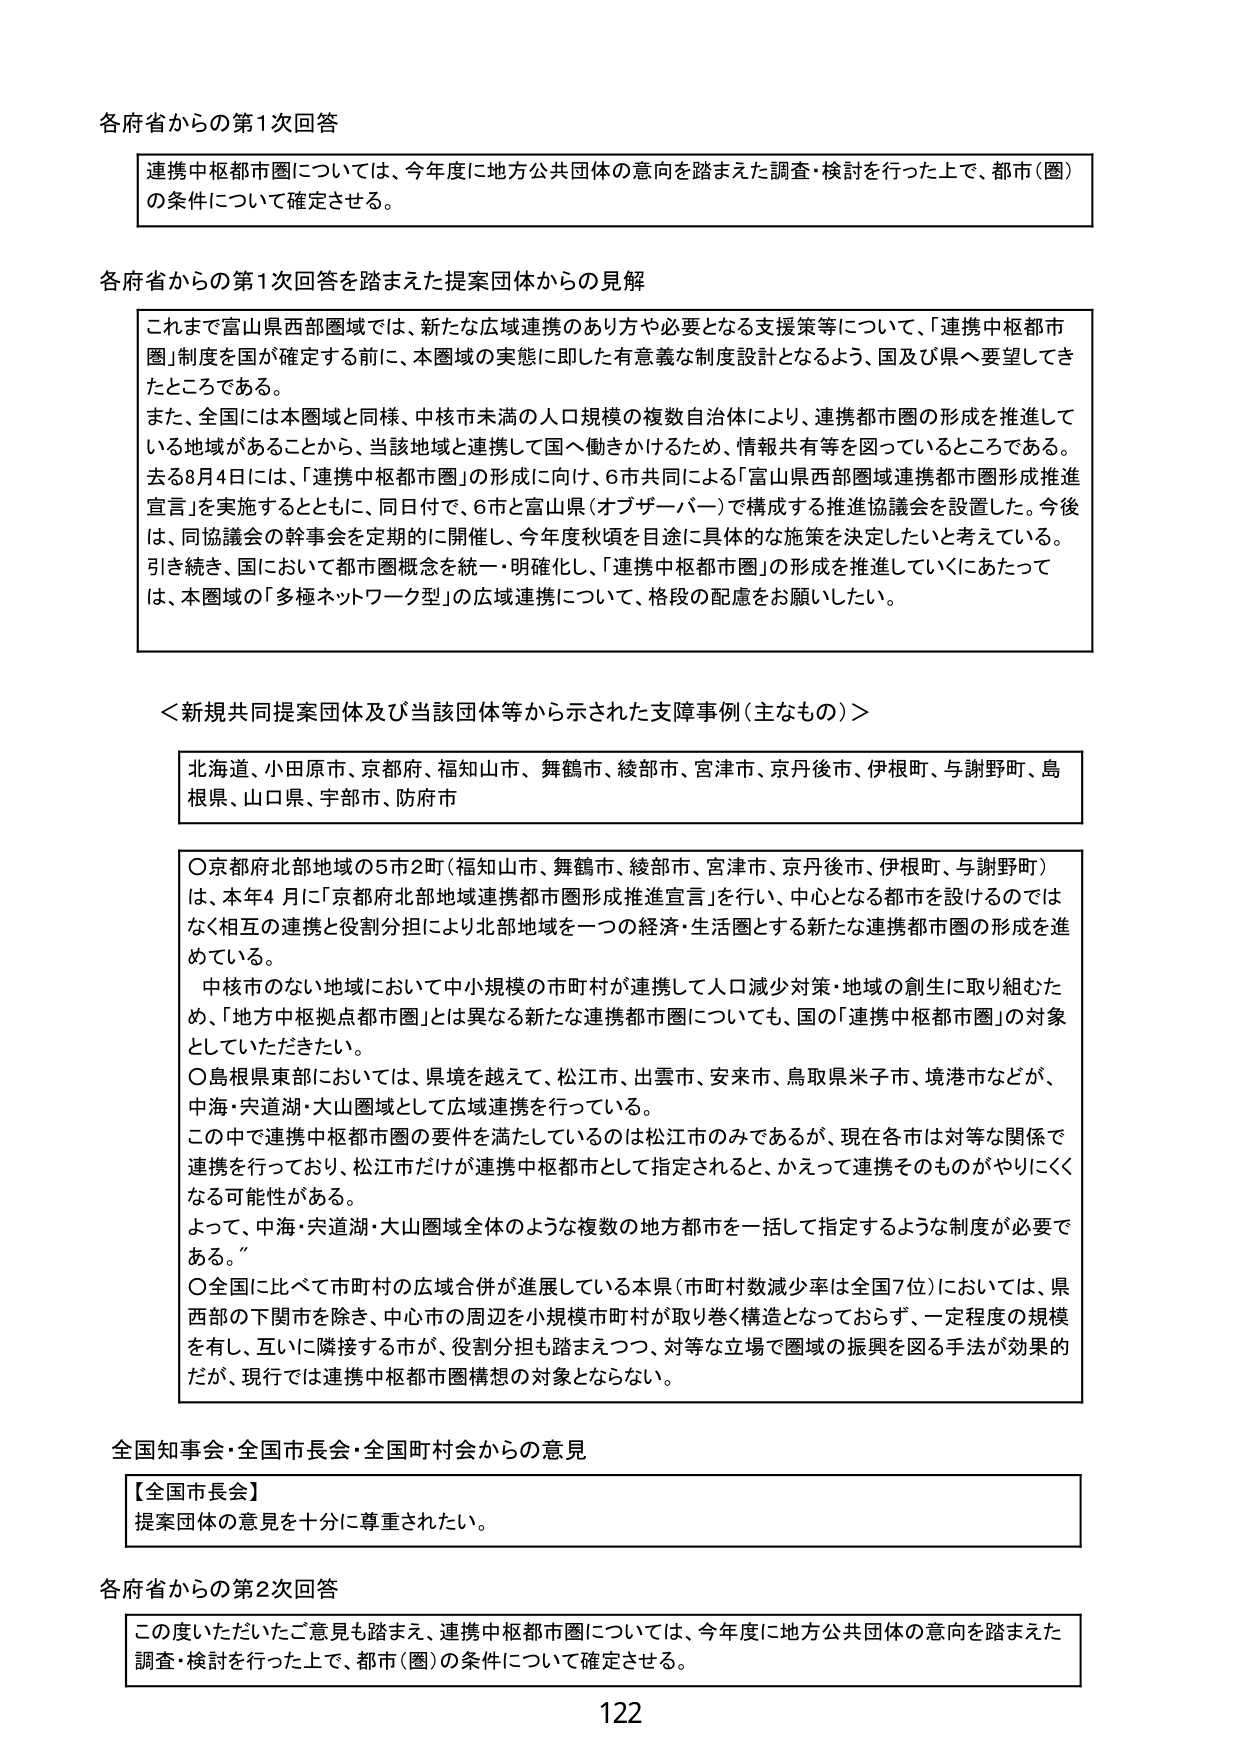
各府省からの第1次回答

連携中枢都市圏については、今年度に地方公共団体の意向を踏まえた調査・検討を行った上で、都市（圏）の条件について確定させる。

各府省からの第1次回答を踏まえた提案団体からの見解

これまで富山県西部圏域では、新たな広域連携のあり方や必要となる支援策等について、「連携中枢都市圏」制度を国が確定する前に、本圏域の実態に即した有意義な制度設計となるよう、国及び県へ要望してきたところである。
また、全国には本圏域と同様、中核市未満の人口規模の複数自治体により、連携都市圏の形成を推進している地域があることから、当該地域と連携して国へ働きかけるため、情報共有等を図っているところである。
去る8月4日には、「連携中枢都市圏」の形成に向け、6市共同による「富山県西部圏域連携都市圏形成推進宣言」を実施するとともに、同日付で、6市と富山県（オブザーバー）で構成する推進協議会を設置した。今後は、同協議会の幹事会を定期的に開催し、今年度秋頃を目途に具体的な施策を推進したいと考えている。
引き続き、国において都市圏概念を統一・明確化し、「連携中枢都市圏」の形成を推進していくにあたっては、本圏域の「多極ネットワーク型」の広域連携について、格段の配慮をお願いしたい。

＜新規共同提案団体及び当該団体等から示された支障事例（主なもの）＞

北海道、小田原市、京都府、福知山市、舞鶴市、綾部市、宮津市、京丹後市、伊根町、与謝野町、島根県、山口県、宇部市、防府市

○京都府北部地域の5市2町（福知山市、舞鶴市、綾部市、宮津市、京丹後市、伊根町、与謝野町）は、本年4月に「京都府北部地域連携都市圏形成推進宣言」を行い、中心となる都市を設けるのではなく相互の連携と役割分担により北部地域を一つの経済・生活圏とする新たな連携都市圏の形成を進めている。
中核市のない地域において中小規模の市町村が連携して人口減少対策・地域の創生に取り組むため、「地方中枢拠点都市圏」とは異なる新たな連携都市圏についても、国の「連携中枢都市圏」の対象としていただきたい。
○島根県東部においては、県境を越えて、松江市、出雲市、安来市、鳥取県米子市、境港市などが、中海・宍道湖・大山圏域として広域連携を行っている。
この中で連携中枢都市圏の要件を満たしているのは松江市のみであるが、現在各市は対等な関係で連携を行っており、松江市だけが連携中枢都市として指定されると、かえって連携そのものがやりにくくなる可能性がある。
よって、中海・宍道湖・大山圏域全体のような複数の地方都市を一括して指定するような制度が必要である。
○全国に比べて市町村の広域合併が進展している本県（市町村数減少率は全国7位）においては、県西部の下関市を除き、中心市の周辺を小規模市町村が取り巻く構造となっておらず、一定程度の規模を有し、互いに隣接する市が、役割分担も踏まえつつ、対等な立場で圏域の振興を図る手法が効果的だが、現行では連携中枢都市圏構想の対象とならない。

全国知事会・全国市長会・全国町村会からの意見

【全国市長会】
提案団体の意見を十分に尊重されたい。

各府省からの第2次回答

この度いただいたご意見も踏まえ、連携中枢都市圏については、今年度に地方公共団体の意向を踏まえた調査・検討を行った上で、都市（圏）の条件について確定させる。

122